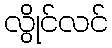
လွိုင်လင်